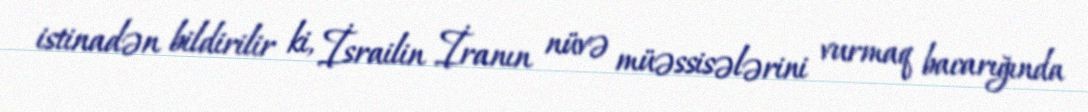
istinadən bildirilir ki, İsrailin İranın nüvə müəssisələrini vurmaq bacarığında